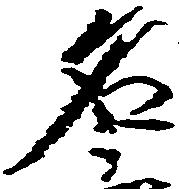
名